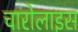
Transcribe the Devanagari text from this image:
चारोलाइस